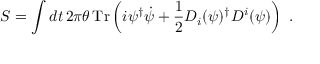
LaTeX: { \cal S } = \int d t \, 2 \pi \theta \, \mathrm { T r } \left( i \psi ^ { \dagger } \dot { \psi } + \frac { 1 } { 2 } D _ { i } ( \psi ) ^ { \dagger } D ^ { i } ( \psi ) \right) ~ .